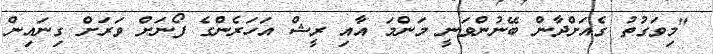
"މިވަގުތު ގެއަށްދާން ބޭނުންވަނީ މަންމަ އާއި ރީޝް އަހަރެންގެ ފޯނަށް ވަރަށް ގިނައިން